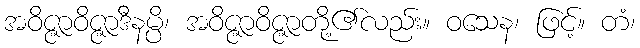
အဝိဇ္ဇာဝိဇ္ဇာဒီနမ္ပိ၊ အဝိဇ္ဇာဝိဇ္ဇာတို့၏လည်း။ ဝသေန၊ ဖြင့်။ တံ၊